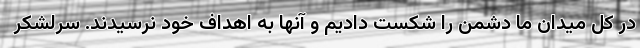
در کل میدان ما دشمن را شکست دادیم و آنها به اهداف خود نرسیدند. سرلشکر